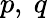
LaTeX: p,\ q